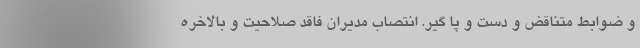
و ضوابط متناقض و دست و پا گیر. انتصاب مدیران فاقد صلاحیت و بالاخره